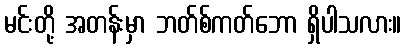
မင်းတို့ အတန်းမှာ ဘတ်စ်ကတ်ဘော ရှိပါသလား။